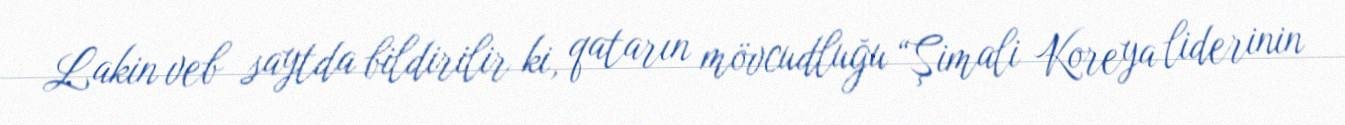
Lakin veb saytda bildirilir ki, qatarın mövcudluğu “Şimali Koreya liderinin